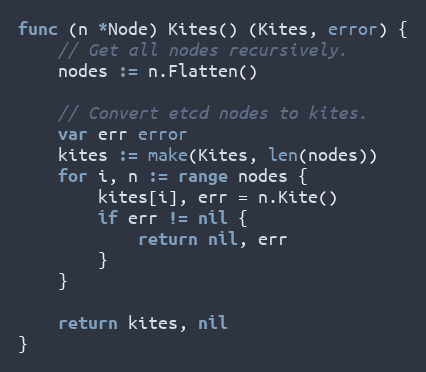
Language: Go
func (n *Node) Kites() (Kites, error) {
	// Get all nodes recursively.
	nodes := n.Flatten()

	// Convert etcd nodes to kites.
	var err error
	kites := make(Kites, len(nodes))
	for i, n := range nodes {
		kites[i], err = n.Kite()
		if err != nil {
			return nil, err
		}
	}

	return kites, nil
}